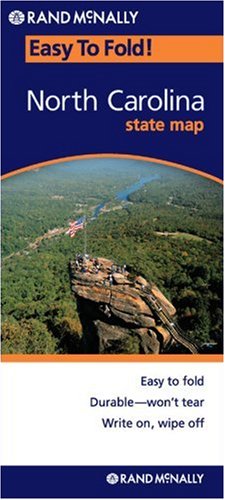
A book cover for Rand McNally Easy To Fold: North Carolina (Easyfinder S); Rand McNally; Reference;